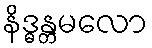
နိဒ္ဓန္တမလော